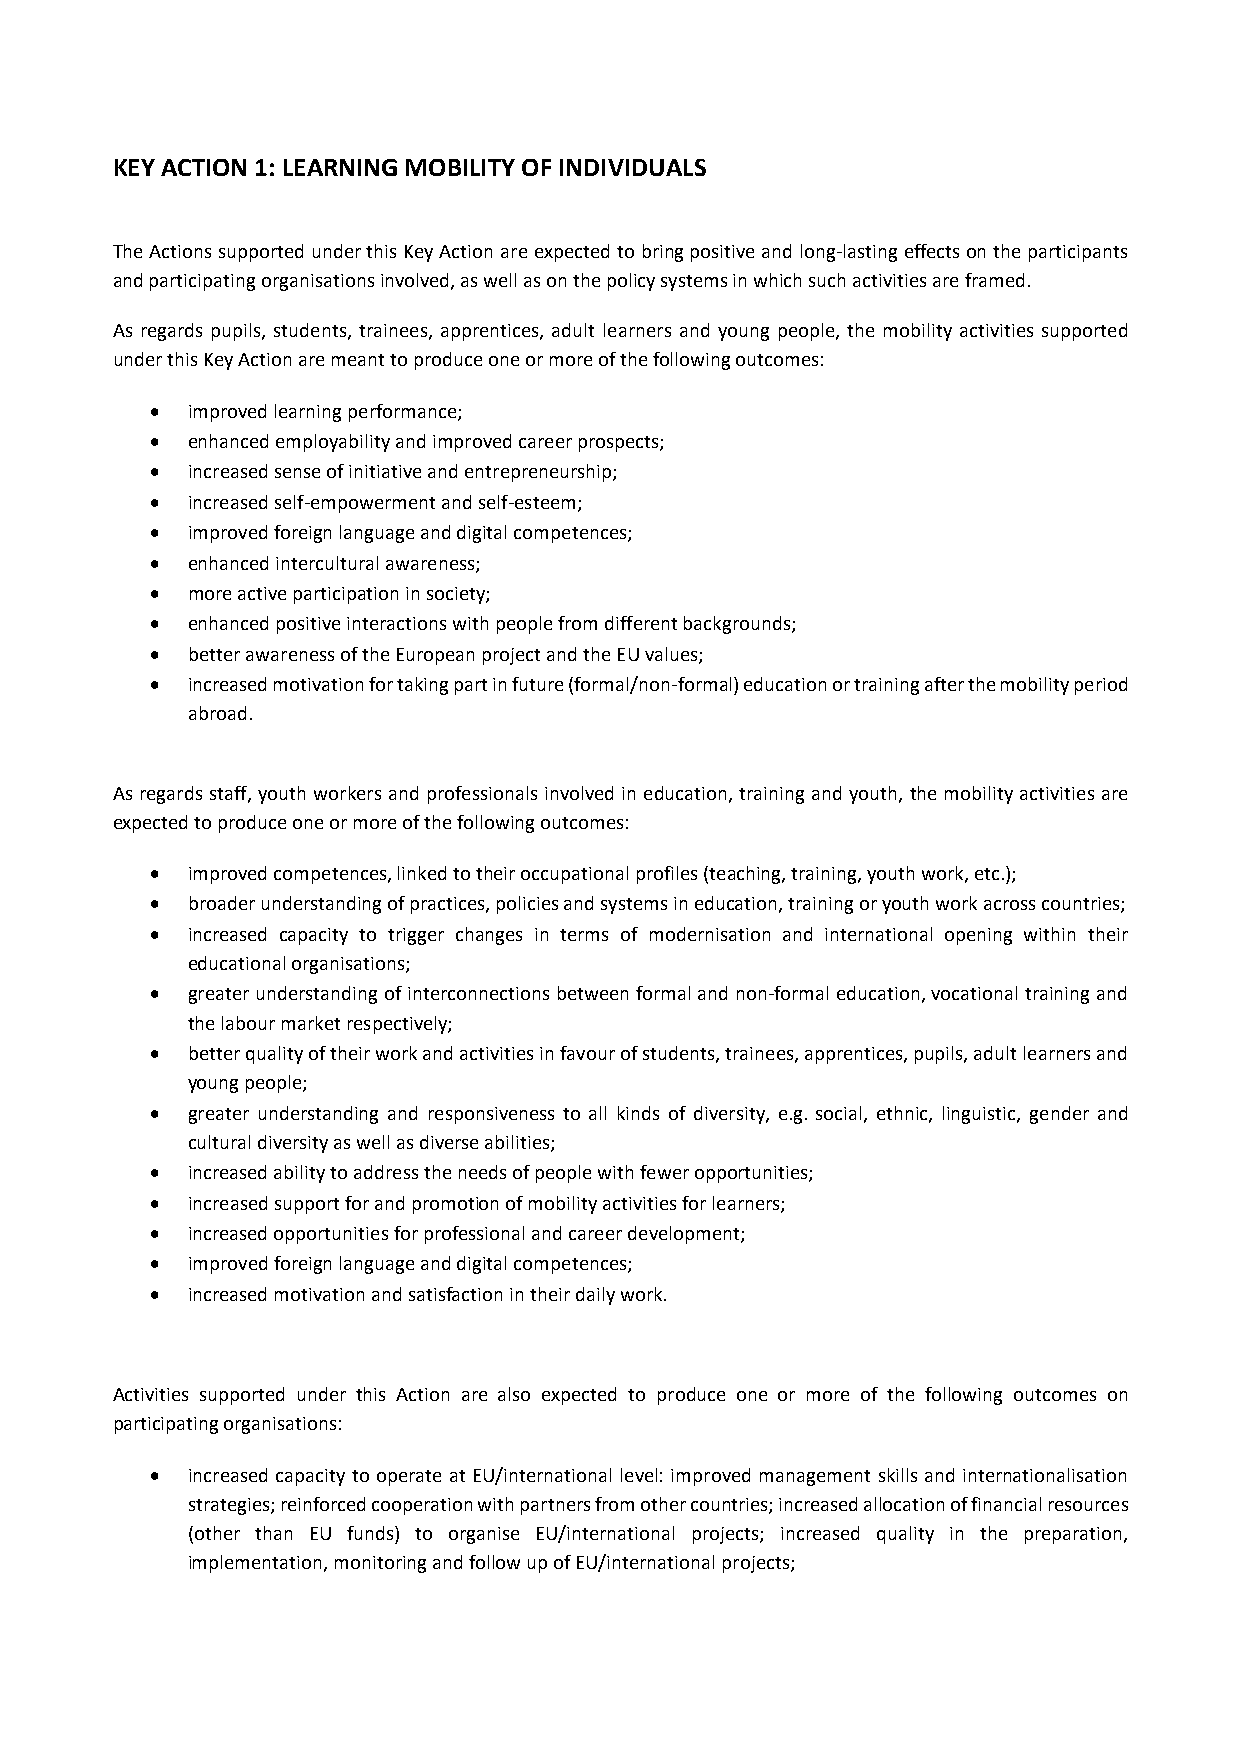
KEY ACTION 1: LEARNING MOBILITY OF INDIVIDUALS
 The Actions supported under this Key Action are expected to bring positive and long‐lasting effects on the participants
 and participating organisations involved, as well as on the policy systems in which such activities are framed.
 As regards pupils, students, trainees, apprentices, adult learners and young people, the mobility activities supported
 under this Key Action are meant to produce one or more of the following outcomes:
  improved learning performance;
  enhanced employability and improved career prospects;
  increased sense of initiative and entrepreneurship;
  increased self‐empowerment and self‐esteem;
  improved foreign language and digital competences;
  enhanced intercultural awareness;
  more active participation in society;
  enhanced positive interactions with people from different backgrounds;
  better awareness of the European project and the EU values;
  increased motivation for taking part in future (formal/non‐formal) education or training after the mobility period
 abroad.
 As regards staff, youth workers and professionals involved in education, training and youth, the mobility activities are
 expected to produce one or more of the following outcomes:
  improved competences, linked to their occupational profiles (teaching, training, youth work, etc.);
  broader understanding of practices, policies and systems in education, training or youth work across countries;
  increased capacity to trigger changes in terms of modernisation and international opening within their
 educational organisations;
  greater understanding of interconnections between formal and non‐formal education, vocational training and
 the labour market respectively;
  better quality of their work and activities in favour of students, trainees, apprentices, pupils, adult learners and
 young people;
  greater understanding and responsiveness to all kinds of diversity, e.g. social, ethnic, linguistic, gender and
 cultural diversity as well as diverse abilities;
  increased ability to address the needs of people with fewer opportunities;
  increased support for and promotion of mobility activities for learners;
  increased opportunities for professional and career development;
  improved foreign language and digital competences;
  increased motivation and satisfaction in their daily work.
 Activities supported under this Action are also expected to produce one or more of the following outcomes on
 participating organisations:
  increased capacity to operate at EU/international level: improved management skills and internationalisation
 strategies; reinforced cooperation with partners from other countries; increased allocation of financial resources
 (other than EU funds) to organise EU/international projects; increased quality in the preparation,
 implementation, monitoring and follow up of EU/international projects;